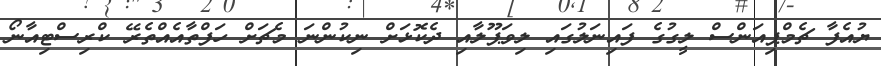
ޔުއެފާ ޗެމްޕިއަންސް ލީގުގެ ފައިނަލުގައި ލިވަޕޫލާއި ދެކޮޅަށް ނިކުންނަ މެޗަށް ހަފްތާއެއްތެރޭ ކްރިސްޓިއާނޯ